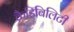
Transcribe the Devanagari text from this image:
क्रैडिबिलिटी